Annual administration report of the Civil Veterinary Department of India - 1897-1898
Year: 1897
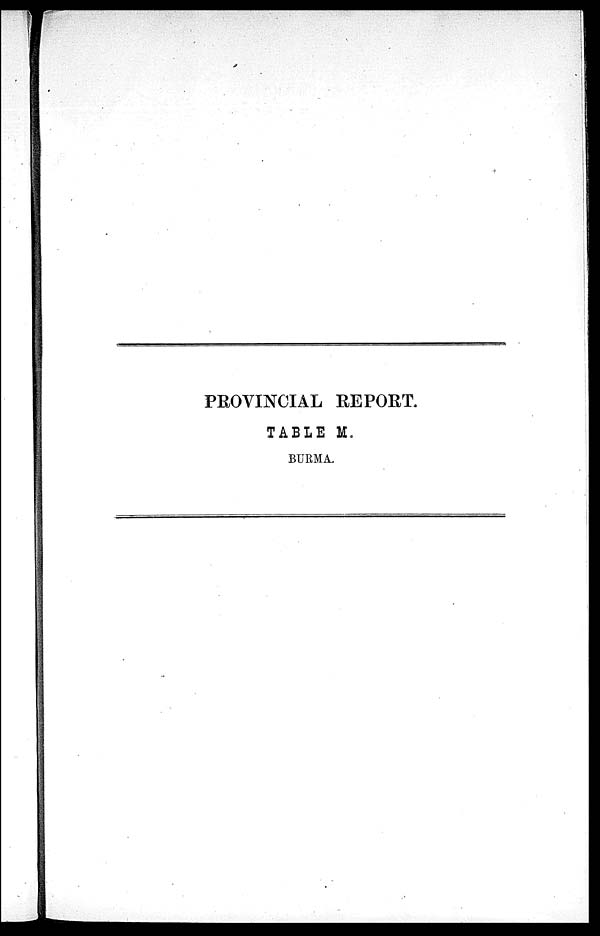
PROVINCIAL REPORT.
TABLE M.
BURMA.